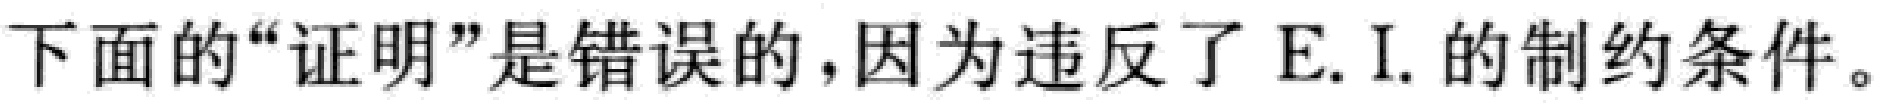
下面的“证明”是错误的，因为违反了 E. I. 的制约条件。